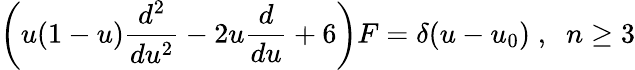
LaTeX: \left(u(1-u)\frac{d^{2}}{du^{2}}-2u\frac{d}{du}+6\right)F=\delta(u-u_{0})\; ,\; \; n\geq 3